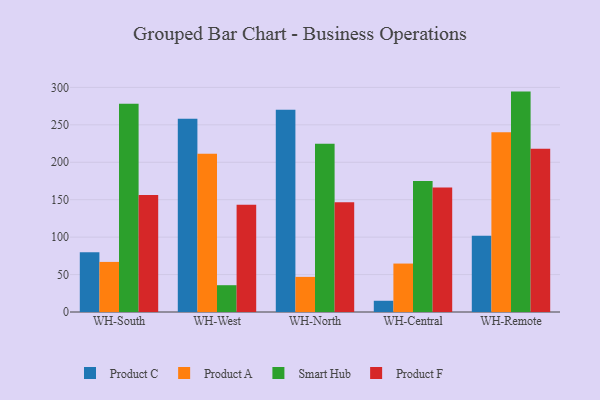
{"axis": {"x": "Warehouse", "y": "Operating Costs (USD K)"}, "legend": ["Product A", "Product C", "Product F", "Smart Hub"], "data": [{"x": "WH-South", "y": 79.8, "type": "Product C"}, {"x": "WH-South", "y": 66.9, "type": "Product A"}, {"x": "WH-South", "y": 278.2, "type": "Smart Hub"}, {"x": "WH-South", "y": 156.2, "type": "Product F"}, {"x": "WH-West", "y": 258.2, "type": "Product C"}, {"x": "WH-West", "y": 211.3, "type": "Product A"}, {"x": "WH-West", "y": 35.8, "type": "Smart Hub"}, {"x": "WH-West", "y": 143.4, "type": "Product F"}, {"x": "WH-North", "y": 270.1, "type": "Product C"}, {"x": "WH-North", "y": 46.9, "type": "Product A"}, {"x": "WH-North", "y": 224.9, "type": "Smart Hub"}, {"x": "WH-North", "y": 146.5, "type": "Product F"}, {"x": "WH-Central", "y": 15.0, "type": "Product C"}, {"x": "WH-Central", "y": 64.7, "type": "Product A"}, {"x": "WH-Central", "y": 175.1, "type": "Smart Hub"}, {"x": "WH-Central", "y": 166.4, "type": "Product F"}, {"x": "WH-Remote", "y": 101.9, "type": "Product C"}, {"x": "WH-Remote", "y": 240.0, "type": "Product A"}, {"x": "WH-Remote", "y": 294.4, "type": "Smart Hub"}, {"x": "WH-Remote", "y": 217.9, "type": "Product F"}]}